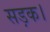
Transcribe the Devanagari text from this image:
सड़क।